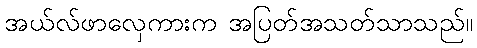
အယ်လ်ဖာလှေကားက အပြတ်အသတ်သာသည်။